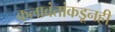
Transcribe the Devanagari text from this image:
कलावंतांकडूनही